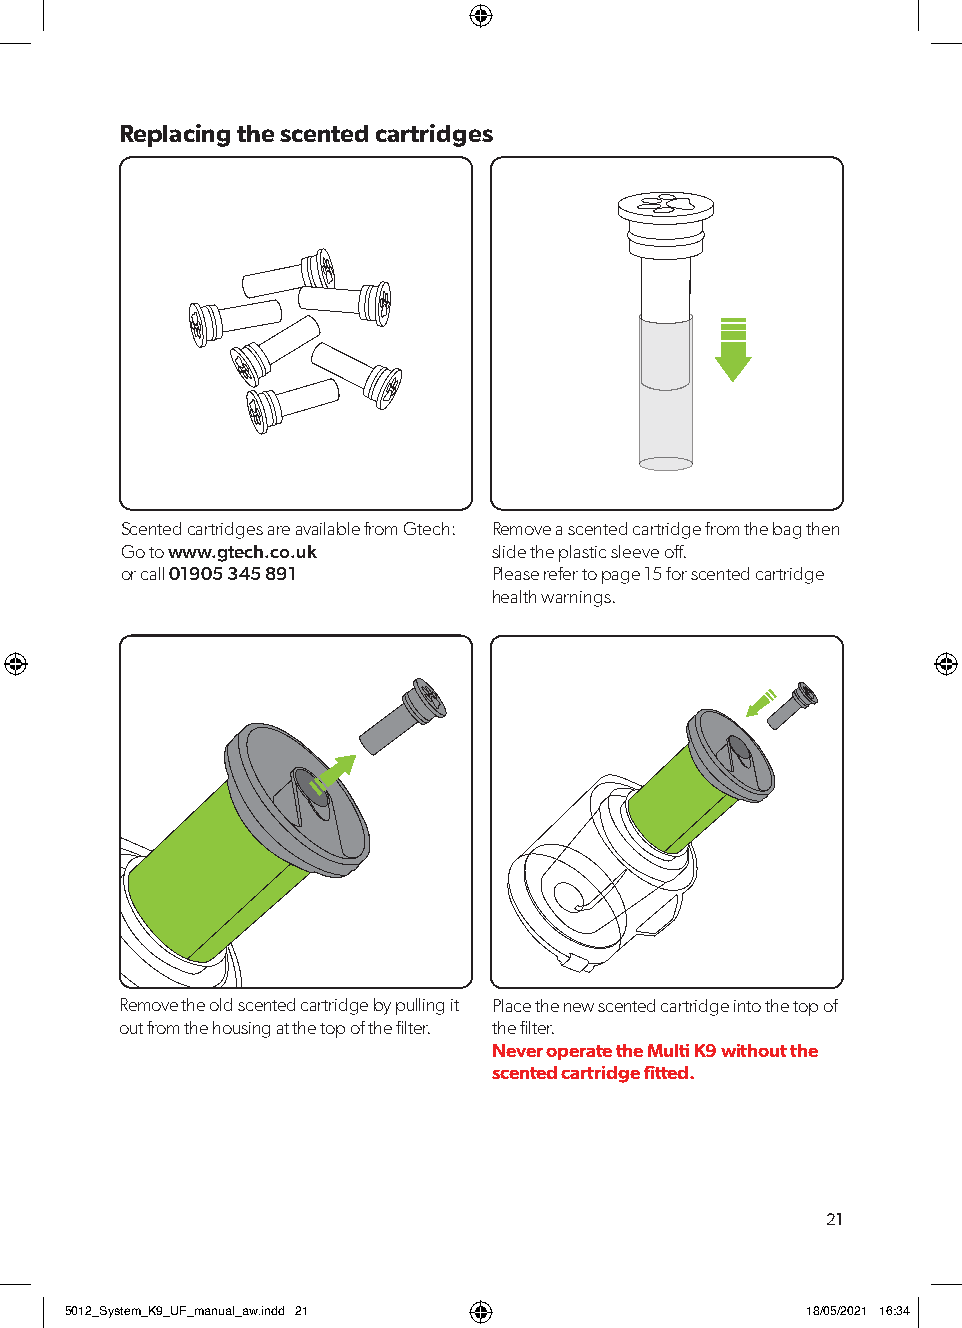
Replacing the scented cartridges
 Scented cartridges are available from Gtech: Remove a scented cartridge from the bag then
 Go to www.gtech.co.uk    slide the plastic sleeve off.
 or call 01905 345 891    Please refer to page 15 for scented cartridge
 health warnings.
 Remove the old scented cartridge by pulling it Place the new scented cartridge into the top of
 out from the housing at the top of the filter. the filter.
 Never operate the Multi K9 without the
 scented cartridge fitted.
 21
 55001122__SSyysstteemm__KK99__UUFF__mmaannuuaall__aaww..iinndddd 2211 1188//0055//22002211 1166::3344